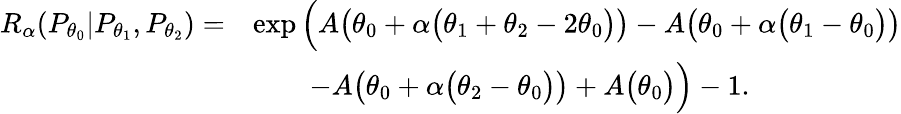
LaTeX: \begin{array}{rl}{{R_{\alpha}}(P_{\theta_{0}}|P_{\theta_{1}},P_{\theta_{2}})=}&{\exp\Big(A\big(\theta_{0}+\alpha\big(\theta_{1}+\theta_{2}-2\theta_{0}\big)\big)-A\big(\theta_{0}+\alpha\big(\theta_{1}-\theta_{0}\big)\big)}\\ &{\quad\quad-A\big(\theta_{0}+\alpha\big(\theta_{2}-\theta_{0}\big)\big)+A\big(\theta_{0}\big)\Big)-1.}\end{array}